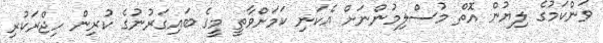
ވަންކަމުގެ ލިޔުން އޮތް މުސްލިމުންނަށް އެކަނި ކަމަށްވާތީ މީގެ ބައިގަރުނުގެ ކުރިން ހިޖްރަކުރި